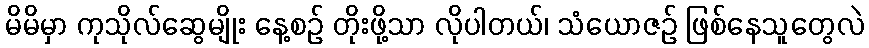
မိမိမှာ ကုသိုလ်ဆွေမျိုး နေ့စဉ် တိုးဖို့သာ လိုပါတယ်၊ သံယောဇဉ် ဖြစ်နေသူတွေလဲ